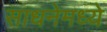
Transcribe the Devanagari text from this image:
साधनेमध्ये